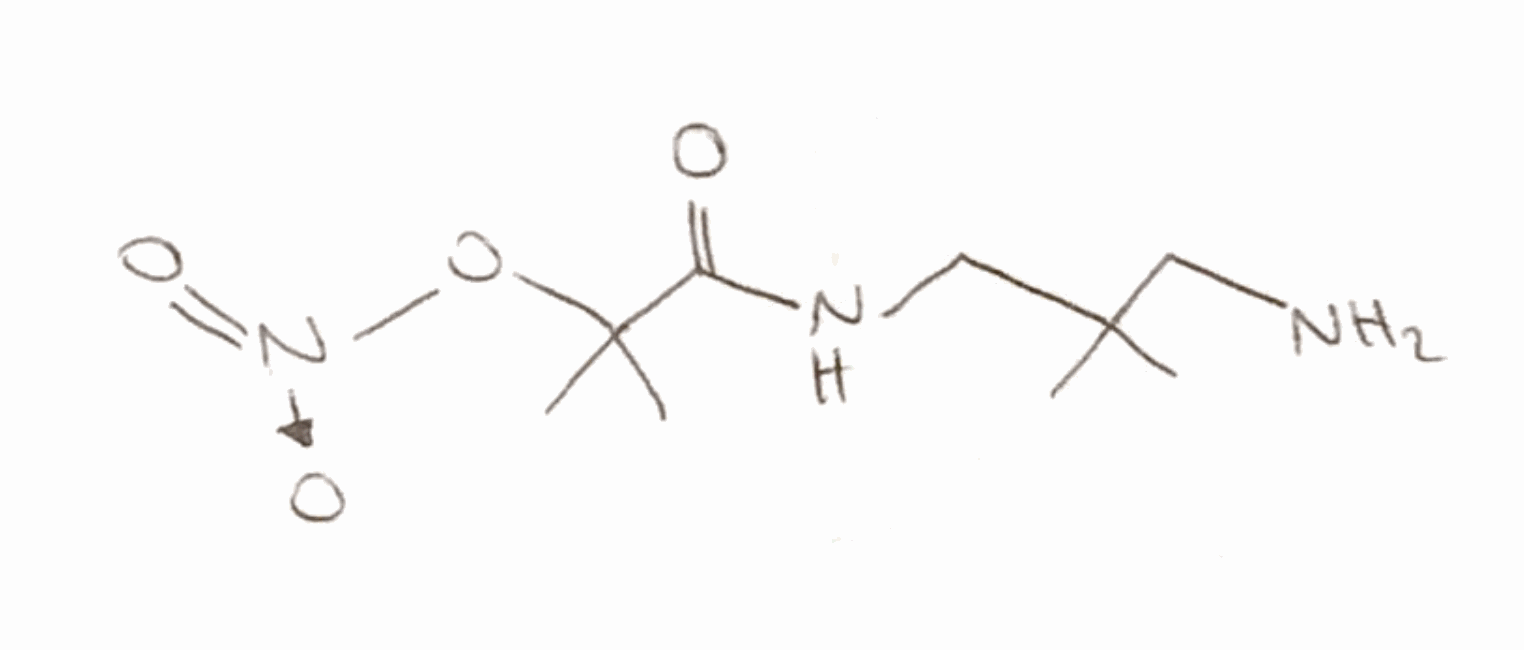
Simplified molecular-input line-entry system (SMILES) notation of the given molecule:
CC(C)(CN)CNC(=O)C(C)(C)O[N+](=O)[O-]